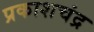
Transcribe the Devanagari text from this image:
प्रकाशचंद्र